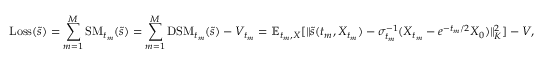
\mathrm { L o s s } ( \tilde { s } ) = \sum _ { m = 1 } ^ { M } \mathrm { S M } _ { t _ { m } } ( \tilde { s } ) = \sum _ { m = 1 } ^ { M } \mathrm { D S M } _ { t _ { m } } ( \tilde { s } ) - V _ { t _ { m } } = \mathbb { E } _ { t _ { m } , X } [ \| \tilde { s } ( { t _ { m } } , X _ { t _ { m } } ) - \sigma _ { t _ { m } } ^ { - 1 } ( X _ { t _ { m } } - e ^ { - { t _ { m } } / 2 } X _ { 0 } ) \| _ { K } ^ { 2 } ] - V ,